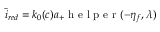
\bar { i } _ { r e d } = k _ { 0 } ( c ) a _ { + } \mathrm { ~ h ~ e ~ l ~ p ~ e ~ r ~ } ( - \eta _ { f } , \lambda )